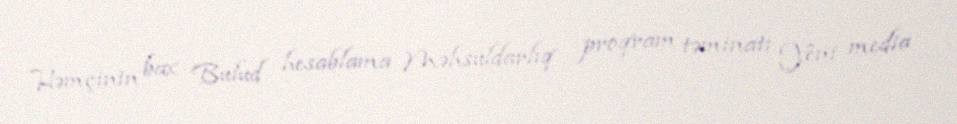
Həmçinin bax Bulud hesablama Məhsuldarlıq proqram təminatı Yeni media